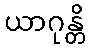
ယာဂုန္တိ